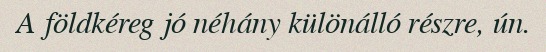
A földkéreg jó néhány különálló részre, ún.